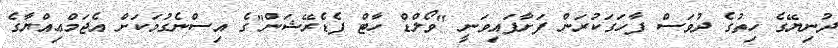
ދުނިޔޭގެ ހިތުގެ ދުވަސް ފާހަގަކުރަން ފަށާފައިވަނީ "ވޯލްޑް ހާޓް ފެޑެރޭޝަން"ގެ އިސްނެގުމަކަށް އެޖަމްޢިއްޔާގެ